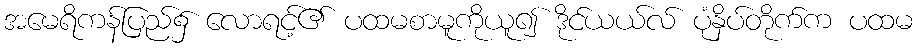
အမေရိကန်ပြည်၌ လောရင့်၏ ပထမစာမူကိုယူ၍ ဒိုင်ယယ်လ် ပုံနှိပ်တိုက်က ပထမ